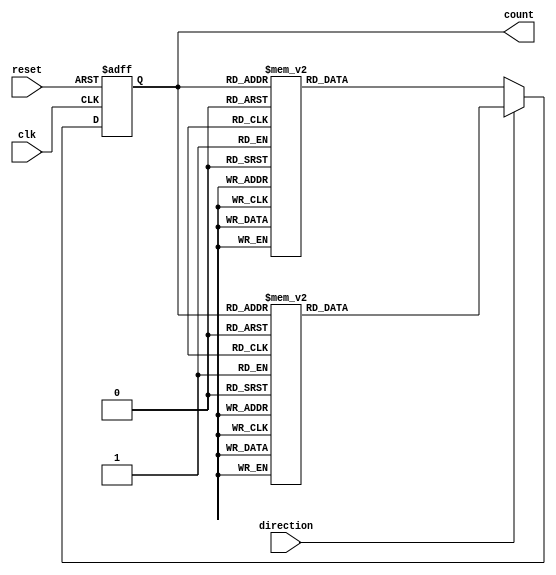
module BidirectionalGrayCounter (
  input clk, // Clock input
  input reset, // Reset input
  input direction, // Count direction input (0 = down, 1 = up)
  output reg[3:0] count // Output count value (4-bit Gray code)
);

reg[3:0] next_count; // Variable to store the next count value

always @(posedge clk or posedge reset) begin
  if (reset) begin
    count <= 4'b0000; // Reset count value to 0
  end else begin
    if (direction) begin
      case(count)
        4'b0000: next_count = 4'b0001; // Count up
        4'b0001: next_count = 4'b0011; // Count up
        4'b0011: next_count = 4'b0010; // Count up
        4'b0010: next_count = 4'b0110; // Count up
        4'b0110: next_count = 4'b0111; // Count up
        4'b0111: next_count = 4'b0101; // Count up
        4'b0101: next_count = 4'b0100; // Count up
        4'b0100: next_count = 4'b1100; // Count up
        4'b1100: next_count = 4'b1101; // Count up
        4'b1101: next_count = 4'b1111; // Count up
        4'b1111: next_count = 4'b1110; // Count up
        4'b1110: next_count = 4'b1010; // Count up
        4'b1010: next_count = 4'b1011; // Count up
        4'b1011: next_count = 4'b1001; // Count up
        4'b1001: next_count = 4'b1000; // Count up
        4'b1000: next_count = 4'b0000; // Count up
      endcase
    end else begin
      case(count)
        4'b0000: next_count = 4'b1000; // Count down
        4'b1000: next_count = 4'b1001; // Count down
        4'b1001: next_count = 4'b1011; // Count down
        4'b1011: next_count = 4'b1010; // Count down
        4'b1010: next_count = 4'b1110; // Count down
        4'b1110: next_count = 4'b1111; // Count down
        4'b1111: next_count = 4'b1101; // Count down
        4'b1101: next_count = 4'b1100; // Count down
        4'b1100: next_count = 4'b0100; // Count down
        4'b0100: next_count = 4'b0101; // Count down
        4'b0101: next_count = 4'b0111; // Count down
        4'b0111: next_count = 4'b0110; // Count down
        4'b0110: next_count = 4'b0010; // Count down
        4'b0010: next_count = 4'b0011; // Count down
        4'b0011: next_count = 4'b0001; // Count down
        4'b0001: next_count = 4'b0000; // Count down
      endcase
    end
    count <= next_count; // Update count value
  end
end

endmodule